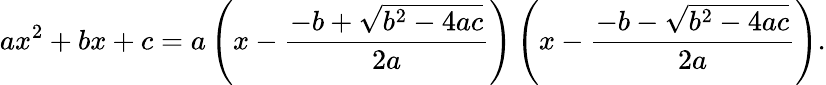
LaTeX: ax^{2}+bx+c=a\left(x-{\frac{-b+{\sqrt{b^{2}-4ac}}}{2a}}\right)\left(x-{\frac{-b-{\sqrt{b^{2}-4ac}}}{2a}}\right).